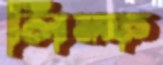
লিম্ফ